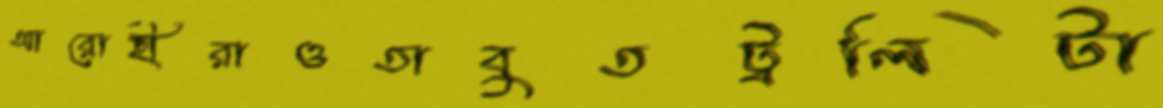
আরোহীরাওতাবুতট্রলিটা